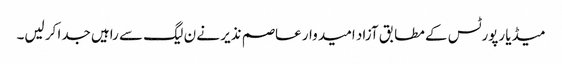
میڈیا رپورٹس کے مطابق آزاد امید وار عاصم نذیر نے ن لیگ سے راہیں جدا کر لیں۔